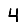
Digit: 4